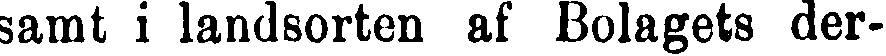
samt i landsorten af Bolagets der-